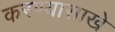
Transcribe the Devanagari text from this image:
करण्यासाखे